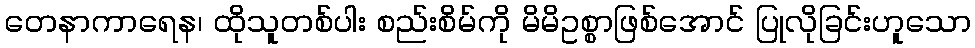
တေနာကာရေန၊ ထိုသူတစ်ပါး စည်းစိမ်ကို မိမိဥစ္စာဖြစ်အောင် ပြုလိုခြင်းဟူသော